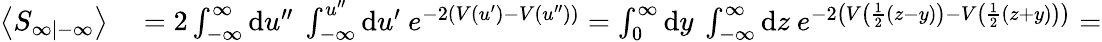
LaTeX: \begin{array}{rl}{\left\langle S_{\infty|-\infty}\right\rangle}&{{}=2\int_{-\infty}^{\infty}\mathrm{d}u^{\prime\prime}\ \int_{-\infty}^{u^{\prime\prime}}\mathrm{d}u^{\prime}\ e^{-2(V(u^{\prime})-V(u^{\prime\prime}))}=\int_{0}^{\infty}\mathrm{d}y\ \int_{-\infty}^{\infty}\mathrm{d}z\ e^{-2\left(V\left(\frac{1}{2}\left(z-y\right)\right)-V\left(\frac{1}{2}\left(z+y\right)\right)\right)}=}\end{array}